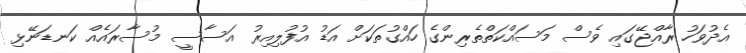
އެދުވަހު ރާއްޖޭގައި ވެސް މަސައްކަތްތެރިންގެ ހައްގުތަކަށް އަޑު އުފުލިއިރު އަސާސީ މުސާރައެއް ކަނޑަނޭޅި